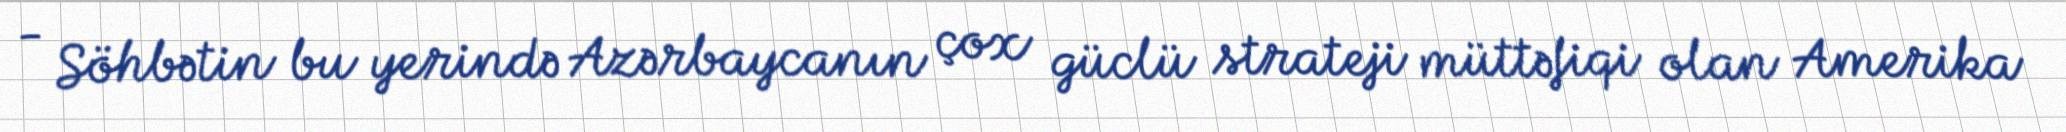
- Söhbətin bu yerində Azərbaycanın çox güclü strateji müttəfiqi olan Amerika